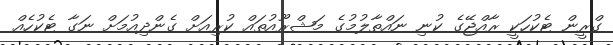
ގްރީން ޓެކުހަކީ ރާއްޖޭގެ ކުނި ނައްތާލުމުގެ މަޝްރޫއުތައް ކުރިއަށް ގެންދިއުމަށް ނަގާ ޓެކުހެއް